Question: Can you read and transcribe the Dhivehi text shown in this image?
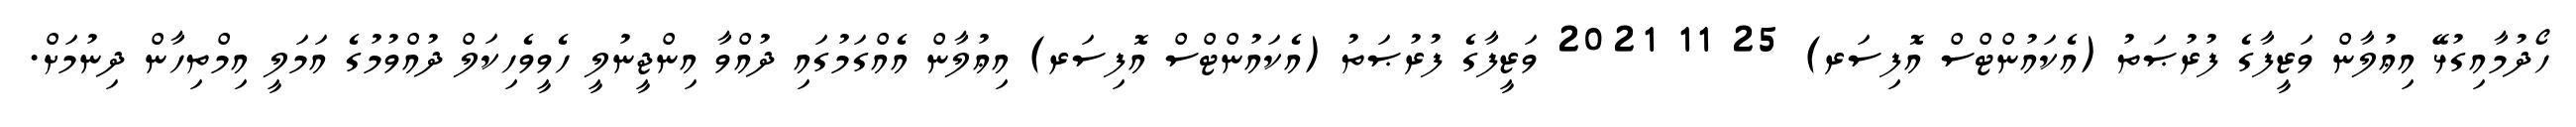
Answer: ހޯދުމާއިގުޅޭ އިޢުލާން ވަޒީފާގެ ފުރުޞަތު (އެކައުންޓްސް އޮފިސަރ) 25 11 2021 ވަޒީފާގެ ފުރުޞަތު (އެކައުންޓްސް އޮފިސަރ) އިޢުލާން އެއްގަމުގައި ދުއްވާ އިންޖީނުލީ ހެވީވެހިކަލް ދުއްވުމުގެ އަމަލީ އިމްތިހާން ދިނުމަށް.